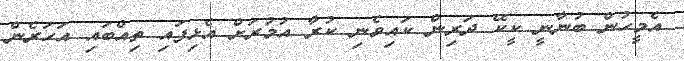
އެމީހުން ބުނާނީ ކީކޭ ދަރިން ކައިވެނި ކުރާ އުމުރަށް އެޅިފައި ތިއްބައި އަހަރެން